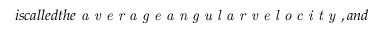
i s c a l l e d t h e \emph { a v e r a g e a n g u l a r v e l o c i t y } , a n d